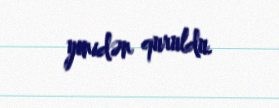
yenidən quruldu.